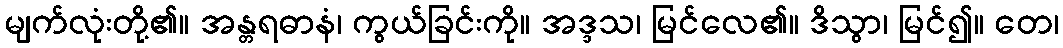
မျက်လုံးတို့၏။ အန္တရဓာနံ၊ ကွယ်ခြင်းကို။ အဒ္ဒသ၊ မြင်လေ၏။ ဒိသွာ၊ မြင်၍။ တေ၊